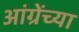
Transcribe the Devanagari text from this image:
आंग्रेंच्या